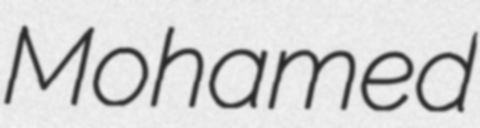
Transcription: Mohamed